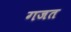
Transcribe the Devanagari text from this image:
गजत